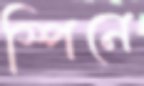
স্পিনে